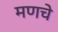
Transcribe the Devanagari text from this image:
मणचे